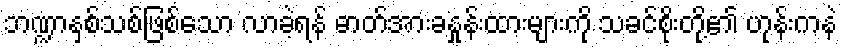
ဘဏ္ဍာနှစ်သစ်ဖြစ်သော လာခဲ့ရန် ဓာတ်အားခနှုန်းထားများကို သခင်စိုးတို့၏ ဟုန်းကနဲ